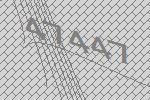
47447